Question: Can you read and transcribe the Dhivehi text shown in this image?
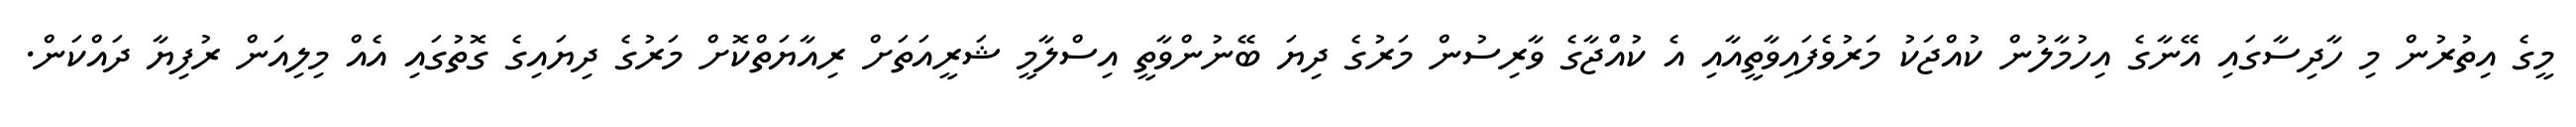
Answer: މީގެ އިތުރުން މި ހާދިސާގައި އޭނާގެ އިހުމާލުން ކުއްޖަކު މަރުވެފައިވާތީއާއި އެ ކުއްޖާގެ ވާރިސުން މަރުގެ ދިޔަ ބޭނުންވާތީ އިސްލާމީ ޝަރީއަތަށް ރިއާޔަތްކޮށް މަރުގެ ދިޔައިގެ ގޮތުގައި އެއް މިލިއަން ރުފިޔާ ދައްކަން.